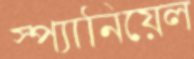
স্প্যানিয়েল